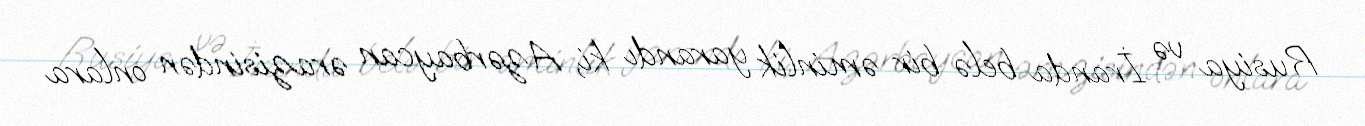
Rusiya və İranda belə bir əminlik yarandı ki, Azərbaycan ərazisindən onlara